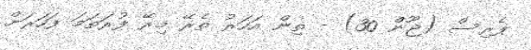
ޕެރިސް (ޖޫން 30) - ތިން އަހަރު ތެރޭ މިރޭ ފުރަތަމަ ފަހަރަށް